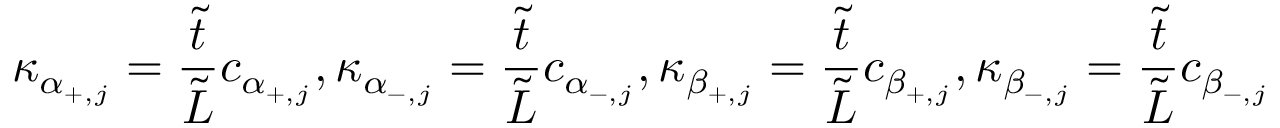
\kappa _ { \alpha _ { + , j } } = \frac { \tilde { t } } { \tilde { L } } c _ { \alpha _ { + , j } } , \kappa _ { \alpha _ { - , j } } = \frac { \tilde { t } } { \tilde { L } } c _ { \alpha _ { - , j } } , \kappa _ { \beta _ { + , j } } = \frac { \tilde { t } } { \tilde { L } } c _ { \beta _ { + , j } } , \kappa _ { \beta _ { - , j } } = \frac { \tilde { t } } { \tilde { L } } c _ { \beta _ { - , j } }